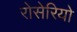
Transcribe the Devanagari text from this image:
रोसेरियो